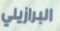
البرازيلي